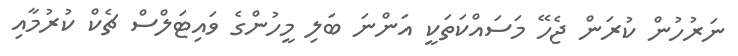
ނަރުހުން ކުރަން ޖެހޭ މަސައްކަތަކީ އަންނަ ބަލި މީހުންގެ ވައިޓަލްސް ޗެކް ކުރުމާއި